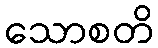
သောစတိ